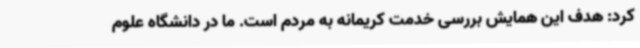
کرد: هدف این همایش بررسی خدمت کریمانه به مردم است. ما در دانشگاه علوم